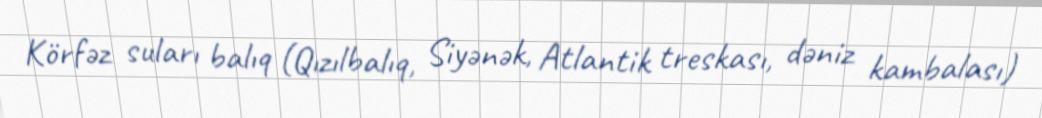
Körfəz suları balıq (Qızılbalıq, Siyənək, Atlantik treskası, dəniz kambalası)